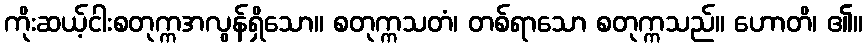
ကိုးဆယ့်ငါးစတုက္ကအလွန်ရှိသော။ စတုက္ကသတံ၊ တစ်ရာသော စတုက္ကသည်။ ဟောတိ၊ ၏။